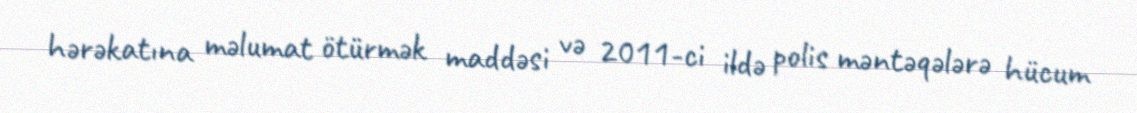
hərəkatına məlumat ötürmək maddəsi və 2011-ci ildə polis məntəqələrə hücum